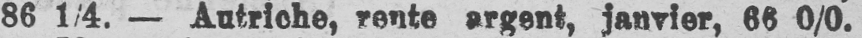
86 1/4. - Autriche, rente argent, janvier, 66 0/0.